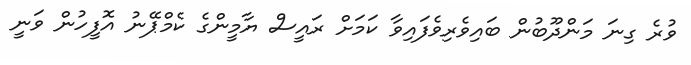
ވުރެ ގިނަ މަންދޫބުން ބައިވެރިވެފައިވާ ކަމަށް ރައީސް ޔާމީންގެ ކެމްޕޭނު އޮފީހުން ވަނީ